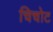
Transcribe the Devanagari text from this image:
चिचोट